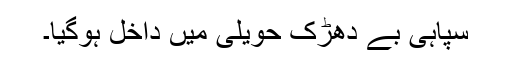
سپاہی بے دھڑک حویلی میں داخل ہوگیا۔